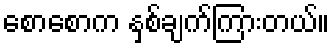
စောစောက နှစ်ချက်ကြားတယ်။